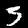
Digit: 3